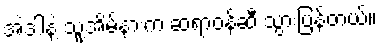
အဲဒါနဲ့ သူ့အိမ်နားက ဆရာဝန်ဆီ သွားပြန်တယ်။